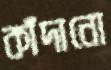
কাঁদানো